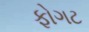
ફોગટ